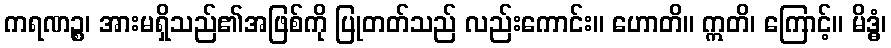
ကရဏဉ္စ၊ အားမရှိသည်၏အဖြစ်ကို ပြုတတ်သည် လည်းကောင်း။ ဟောတိ။ ဣတိ၊ ကြောင့်။ မိဒ္ဓံ၊